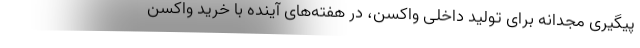
پیگیری مجدانه برای تولید داخلی واکسن، در هفته‌های آینده با خرید واکسن